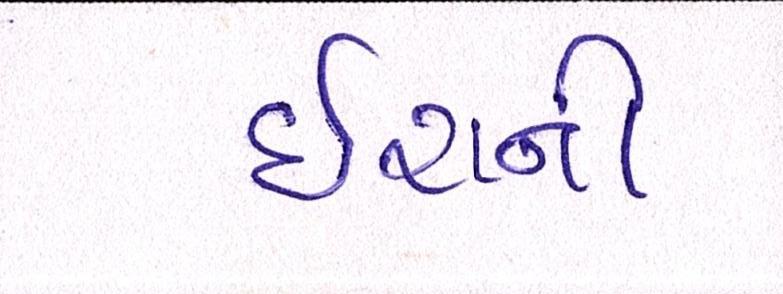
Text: ઇરાની